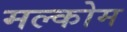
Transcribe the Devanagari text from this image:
मल्कोम